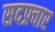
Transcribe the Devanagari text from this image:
सदप्रचार